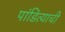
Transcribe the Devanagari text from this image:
पांडित्याची